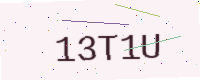
Text: 13T1U